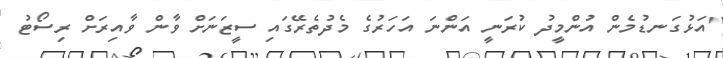
"އަޅުގަނޑުމެން އުންމީދު ކުރަނީ އަންނަ އަހަރުގެ މެދުތެރޭގައި ސީޒަނަށް ވާން ވާއިރަށް ރިސޯޓު